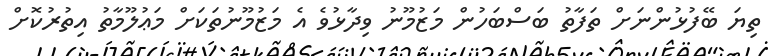
ތިޔަ ބޭފުޅުންނަށް ތަފާތު ބަސްބަހުން މަޒުމޫނު ވިދާޅުވެ އެ މަޒުމޫނުތަކަށް މަޢުލޫމާތު އިތުރުކޮށް